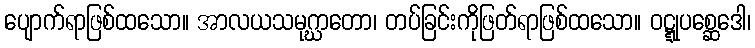
ပျောက်ရာဖြစ်ထသော။ အာလယသမုဂ္ဃာတော၊ တပ်ခြင်းကိုဖြတ်ရာဖြစ်ထသော။ ဝဋ္ဋုပစ္ဆေဒေါ၊